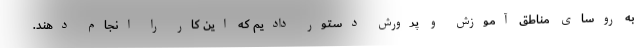
به روسای مناطق آموزش و پرورش دستور دادیم که این کار را انجام دهند.